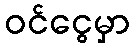
ဝင်ငွေမှာ